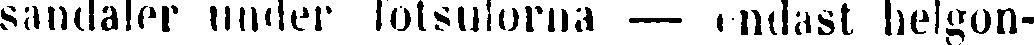
sandaler under fotsulorna — endast helgon-